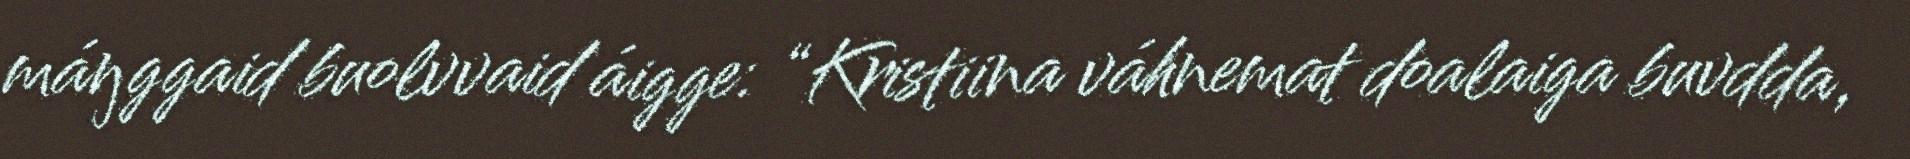
máŋggaid buolvvaid áigge: “Kristiina váhnemat doalaiga buvdda,